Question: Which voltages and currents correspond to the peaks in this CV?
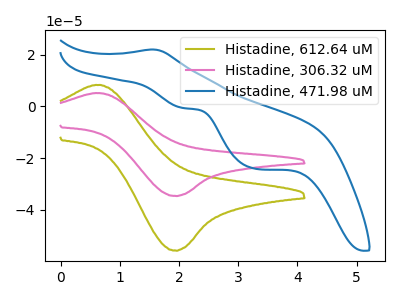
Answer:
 <answer>The olive curve "Histadine, 612.64 uM" has an anodic peak at (0.65V, 8.30uA) and a cathodic peak at (1.90V, -55.70uA). The pink curve "Histadine, 306.32 uM" has an anodic peak at (0.65V, 5.15uA) and a cathodic peak at (1.90V, -34.60uA). The blue curve "Histadine, 471.98 uM" has an anodic peak at (1.55V, 22.00uA) and cathodic peaks at (2.05V, -0.65uA) (3.30V, -24.10uA).</answer>
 <eval></eval>